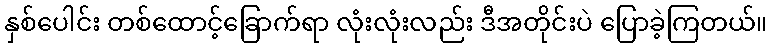
နှစ်ပေါင်း တစ်ထောင့်ခြောက်ရာ လုံးလုံးလည်း ဒီအတိုင်းပဲ ပြောခဲ့ကြတယ်။